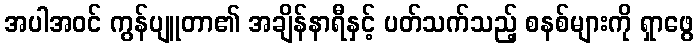
အပါအဝင် ကွန်ပျူတာ၏ အချိန်နာရီနှင့် ပတ်သက်သည့် စနစ်များကို ရှာဖွေ